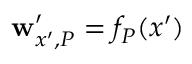
\mathbf { w } _ { x ^ { \prime } , P } ^ { \prime } = f _ { P } ( x ^ { \prime } )